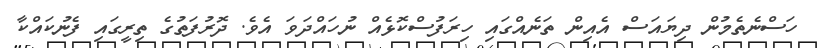
ހަސްނެތެމުން ދިޔައަސް އެއިން ތަނެއްގައި ހިރަފުސްކޮޅެއް ނުހައްދަވަ އެވެ. ދޮރުފަތުގެ ތިރީގައި ފެނުކައްކާ